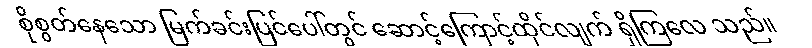
စိုစွတ်နေသော မြက်ခင်းပြင်ပေါ်တွင် ဆောင့်ကြောင့်ထိုင်လျက် ရှိကြလေ သည်။